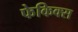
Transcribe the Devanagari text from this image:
फेकिक्स